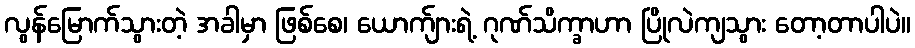
လွန်မြောက်သွားတဲ့ အခါမှာ ဖြစ်စေ၊ ယောက်ျားရဲ့ ဂုဏ်သိက္ခာဟာ ပြိုလဲကျသွား တော့တာပါပဲ။